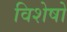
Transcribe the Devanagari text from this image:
विशेषो